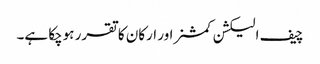
چیف الیکشن کمشنر اور ارکان کا تقرر ہوچکا ہے۔